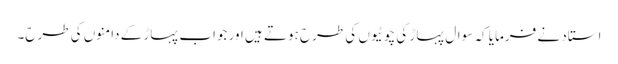
استاد نے فرمایا کہ سوال پہاڑ کی چوٹیوں کی طرح ہوتے ہیں اور جواب پہاڑ کے دامنوں کی طرح۔